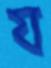
য